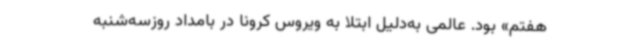
هفتم» بود. عالمی به‌دلیل ابتلا به ویروس کرونا در بامداد روزسه‌شنبه